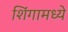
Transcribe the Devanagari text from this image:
शिंगामध्ये